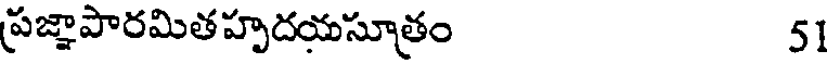
ప్రజ్ఞాపారమితహృదయసూత్రం 51